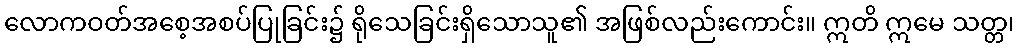
လောကဝတ်အစေ့အစပ်ပြုခြင်း၌ ရိုသေခြင်းရှိသောသူ၏ အဖြစ်လည်းကောင်း။ ဣတိ ဣမေ သတ္တ၊